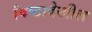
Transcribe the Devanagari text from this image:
विष्ठादेखील